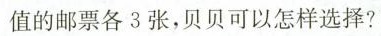
值的邮票各3张，贝贝可以怎样选择？